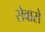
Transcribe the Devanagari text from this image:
सेवासे